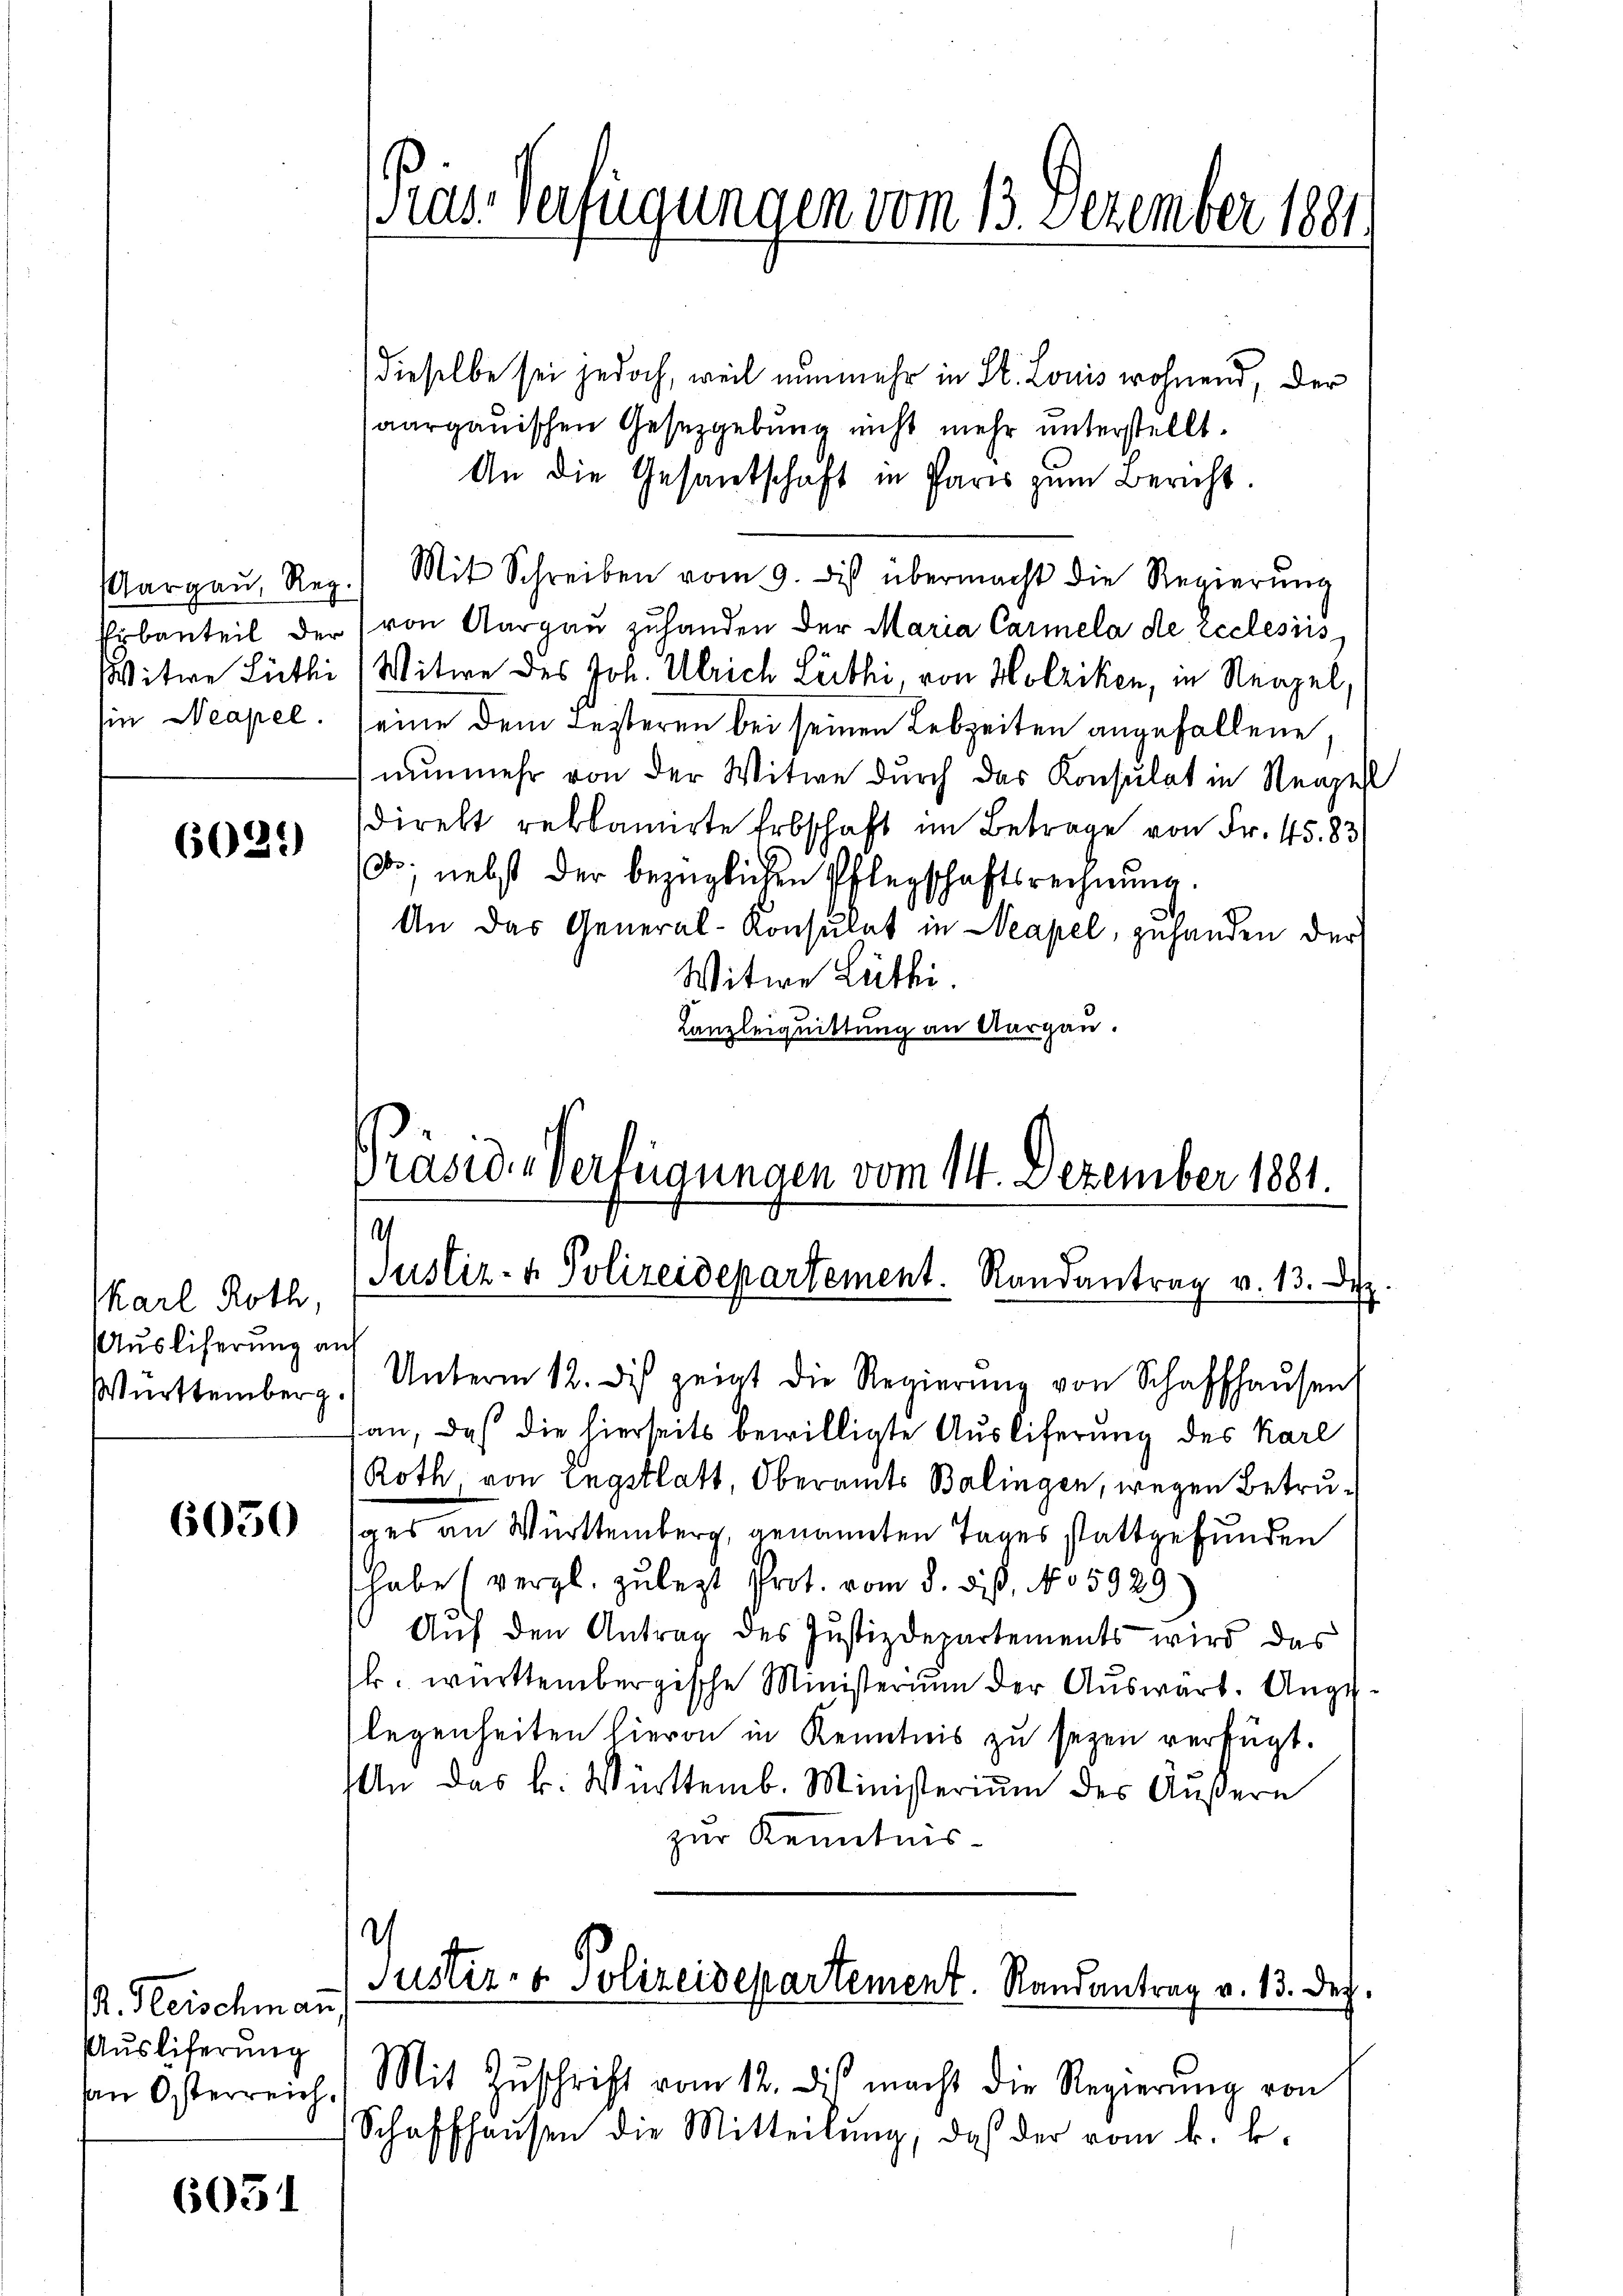
Witwe Lüthi
Ein Neapel.

6029

Karl Roth,
Auslieferung a
Württemberg.

6050

R. Fleischman
Auslieferung
an Österreich.

6051

dieselbe sei jedoch, weil nunmehr in St. Louis wohnend, der
saargauischen Gesetzgebung nicht mehr unterstellt.
An die Gesantschaft in Paris zum Bericht.
Aargaŭ, Reg. Mit Schreiben vom 9. des übermacht die Regierŭng
Erbanteil der (von Aargaŭ zŭhanden der Maria Carmela die Ecclesiis
Witwe des Joh. Ulrich Lüthi, von Holziken, in Neapel,
seine dem Festeren bei seinen Lebzeiten angefallene,
nunmehr von der Witwe durch das Konsulat in Neapell
sdirekt reklamierte Erbschaft im Betrage von Fr. 45. 83
d., nebst der bezüglichen Pflegschaftsrechnŭng.
An das General-Konsulat in Neapel, gehanden der
Witwe Lüthi
Lanzleiquittung an Aargau.

Kas. Verfügungen vom 13. Dezember 1881

Präside Verfügungen vom 14. Dezember 1881.
.
Justiz- & Polizeidepartement. Randantrag v. 13. Dez

Unterm 12. dis zeigt die Regierŭng von Schaffhausen
an, daß die hierseits bewilligte Auslieferung des Karl
Roth von Engstlatt, Oberamts Balingen, wegen Betruges an Württemberg, genannten Tages stattgefunden
habe (vergl. zulezt Prot. vom 8. dieß, No 5929.
Auf den Antrag des Justizdepartements wird das
k. württembergische Ministerium der Aŭswart. Ange
legenheiten hievon in Kenntnis zu seyen verfügt.
An das k. Württemb. Ministerium des Äußern
zur Kenntnis-
d
Justiz- & Polizeidepartement. Randantrag v. 13. Dez.
Mit Zŭschrift vom 12. dis macht die Regierung von
Schaffhaŭsen die Mitteilŭng, daß der vom k. k.